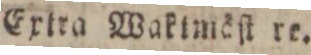
Extra Waklmöſt re.